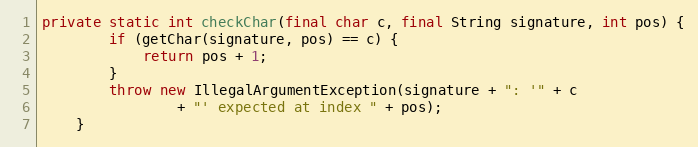
Language: Java
private static int checkChar(final char c, final String signature, int pos) {
        if (getChar(signature, pos) == c) {
            return pos + 1;
        }
        throw new IllegalArgumentException(signature + ": '" + c
                + "' expected at index " + pos);
    }